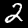
Label: 2